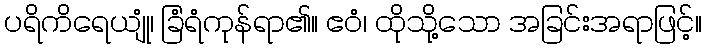
ပရိကိရေယျုံ၊ ခြံရံကုန်ရာ၏။ ဧဝံ၊ ထိုသို့သော အခြင်းအရာဖြင့်။